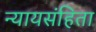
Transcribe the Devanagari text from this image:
न्यायसंहिता